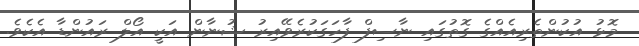
މޮޅު އުކުންތެރިއެއްގެ ގޮތުގައި ނާސިފް ފާހަގަކުރެވޭއިރު ޝުނާން އަކީ އޯލް ރައުންޑާ އެކެވެ.